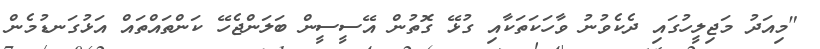
"މިއަދު މަޖިލީހުގައި ދެކެވުނު ވާހަކަތަކާއި ގުޅޭ ގޮތުން އޭސީސީން ބަލަންޖެހޭ ކަންތައްތައް އަޅުގަނޑުމެން